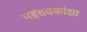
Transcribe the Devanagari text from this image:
महत्तवकांक्षा